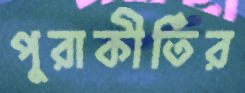
পুরাকীর্তির